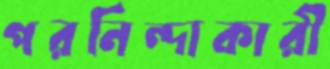
পরনিন্দাকারী